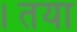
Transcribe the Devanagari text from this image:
।तया